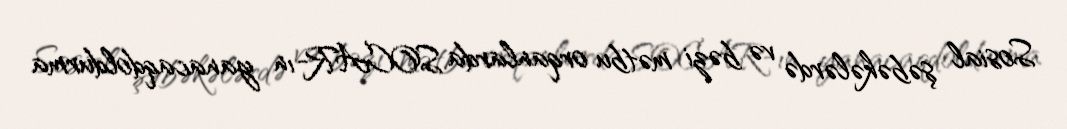
Sosial şəbəkələrdə və bəzi mətbu orqanlarda SOCAR-ın yanacaqdoldurma